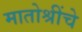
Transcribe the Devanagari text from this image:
मातोश्रींचे